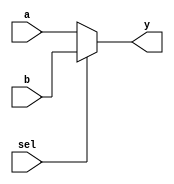
`timescale 1ns / 1ps
//////////////////////////////////////////////////////////////////////////////////
// Company: 
// Engineer: 
// 
// Design Name: 
// Module Name:    mux2x1 
// Project Name: 
// Target Devices: 
// Tool versions: 
// Description: 
//
// Dependencies: 
//
// Revision: 
// Revision 0.01 - File Created
// Additional Comments: 
//
//////////////////////////////////////////////////////////////////////////////////
module mux2x1 (input a,b ,sel,output y 
    );

assign y=sel?b:a;
endmodule